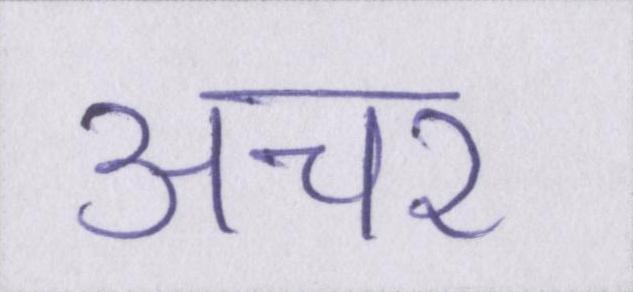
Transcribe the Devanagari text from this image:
अचर